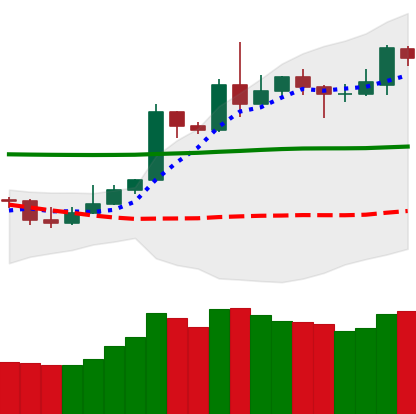
Ticker: DOGE-USD
Chart end date: 2020-05-08
Forward return: -3.962%
Label: down_3_5